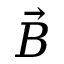
\vec { B }